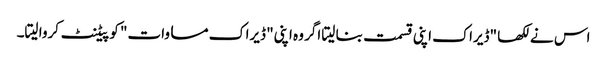
اس نے لکھا "ڈیراک اپنی قسمت بنا لیتا اگر وہ اپنی" ڈیراک مساوات" کو پیٹنٹ کروا لیتا۔